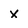
Character: x